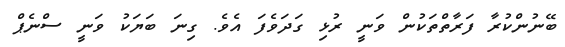
ބޭނުންކުރާ ފަރާތްތަކުން ވަނީ ރުޅި ގަދަވެފަ އެވެ. ގިނަ ބަޔަކު ވަނީ ސްނެޕް